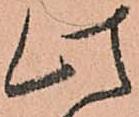
此